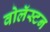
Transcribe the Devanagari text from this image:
वोलॅस्टन